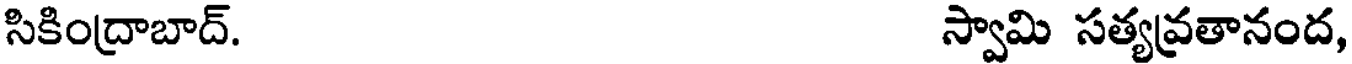
సికింద్రాబాద్. స్వామి సత్యవ్రతానంద,